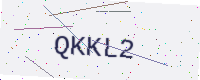
Text: QKKL2